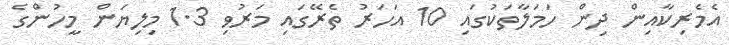
އެމެރިކާއިން ދިން ހަމަލާތަކުގައި 10 އަހަރު ތެރޭގައި މަރުވި 1.3 މިލިޔަން މީހުންގެ